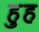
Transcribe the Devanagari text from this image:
हुह